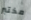
مختبر